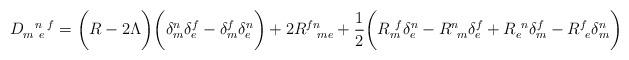
LaTeX: \begin{align*}D_{m~e}^{~~n~f} = \biggl( R - 2\Lambda \biggr) \biggl( \delta^n_m\delta^f_e - \delta^f_m \delta^n_e \biggr) + 2R^{fn}_{~~me} + \frac{1}{2} \biggl(R_m^{~f} \delta^n_e - R^n_{~m} \delta^f_e + R_e^{~n} \delta^f_m - R^f_{~e} \delta^n_m \biggr)\end{align*}